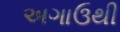
અગાઉથી